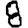
Digit: 8